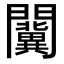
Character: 𨷨